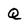
Character: Q